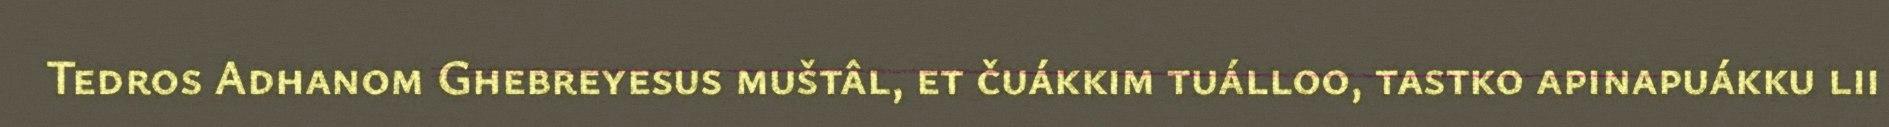
Tedros Adhanom Ghebreyesus muštâl, et čuákkim tuálloo, tastko apinapuákku lii